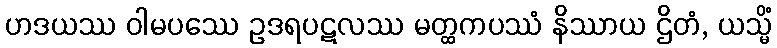
ဟဒယဿ ဝါမပဿေ ဥဒရပဋလဿ မတ္ထကပဿံ နိဿာယ ဌိတံ, ယသ္မိံ